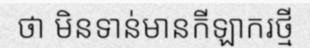
ថា មិនទាន់មានកីឡាករថ្មី